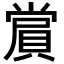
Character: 𮚑